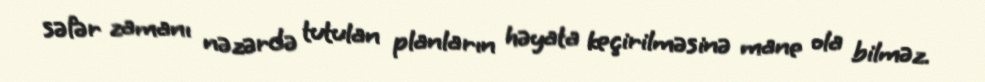
səfər zamanı nəzərdə tutulan planların həyata keçirilməsinə mane ola bilməz.